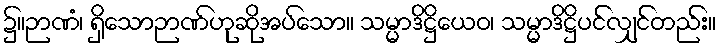
၌။ဉာဏံ၊ ရှိသောဉာဏ်ဟုဆိုအပ်သော။ သမ္မာဒိဋ္ဌိယေဝ၊ သမ္မာဒိဋ္ဌိပင်လျှင်တည်း။